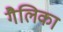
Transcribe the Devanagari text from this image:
गैलिका